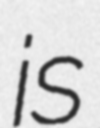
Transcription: is